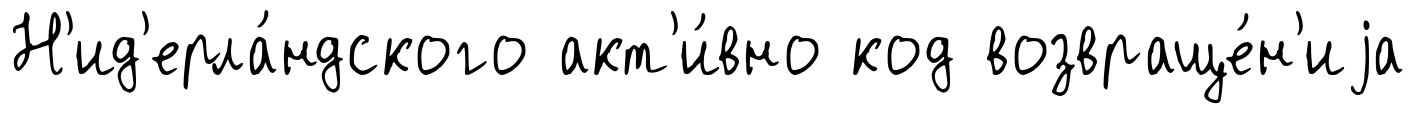
Н'ид'ерла́ндского акт'и́вно код возвраще́н'иjа